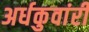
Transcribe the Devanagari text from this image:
अर्धकुवांरी